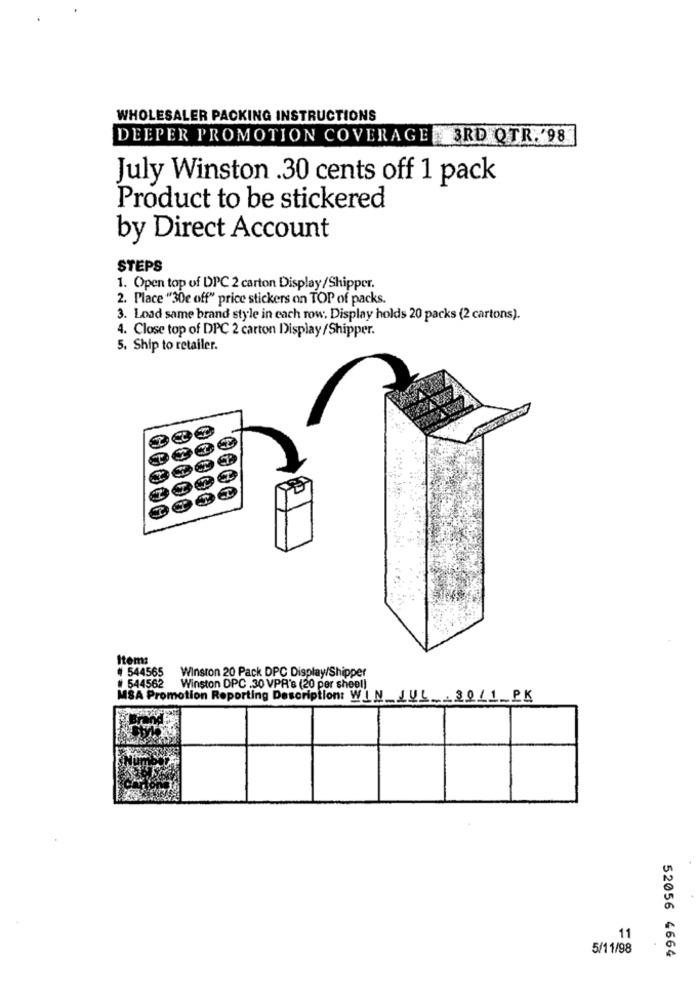
WHOLESALER PACKING INSTRUCTIONS
DEEPER PROMOTION COVERAGE 3RD QTR.'98
July Winston .30 cents off 1 pack
Product to be stickered
by Direct Account
STEPS
1. Open top of DPC 2 carton Display/Shipper.
2. Place "30e off" price stickers on TOP of packs.
3. Load same brand style in each row, Display holds 20 packs (2 cartons).
4. Close top of DPC 2 carton Display/Shipper.
5. Ship to retailer.
Item:
# 544565
Winston 20 Pack DPC Display/Shipper
# 544562
Winston DPC .30 VPR's (20 per sheel)
MSA Promotion Reporting Description: WIN_JUL 3011_PK
11
5/11/98
52056 4664